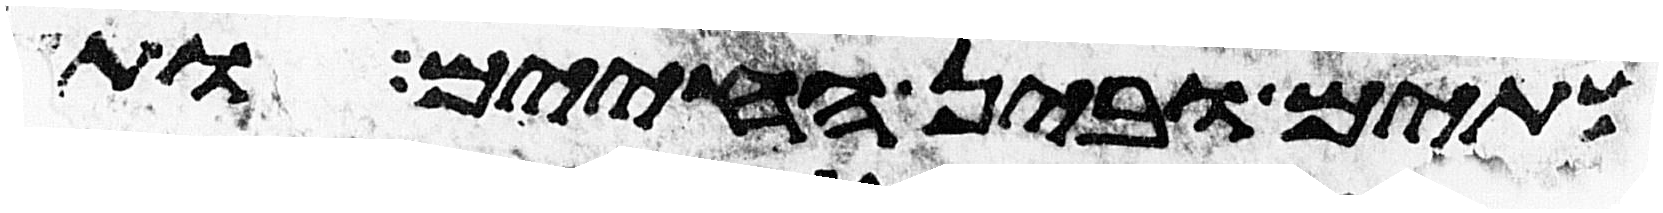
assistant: המיתים ובין החיים ותעצר